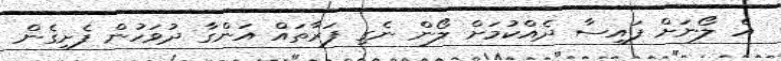
އެ ލޯނަށް ފައިސާ ދެއްކުމަށް ލޯން ނެގި ފަރާތައް އަންގާ ދުވަހުން ފެށިގެން